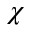
\chi